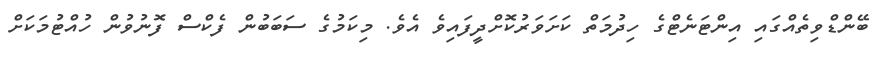
ބޭންޑްވިތެއްގައި އިންޓަނެޓްގެ ހިދުމަތް ކަށަވަރުކޮށްދީފައިވެ އެވެ. މިކަމުގެ ސަބަބުން ފެކްސް ފޮނުވުން ހުއްޓުމަކަށް